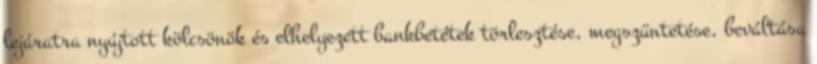
lejáratra nyújtott kölcsönök és elhelyezett bankbetétek törlesztése, megszüntetése, beváltása